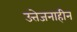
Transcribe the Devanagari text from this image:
उत्तेजनाहीन